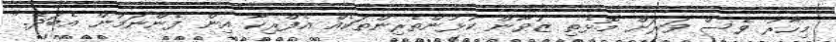
މިހާރު ވެސް ވަރަށް މޮޅެތި ޒުވާން ކުޅުންތެރިންތަކެއް އެފްރިކާ އިން ފެންނަމުން އެބަދޭ."